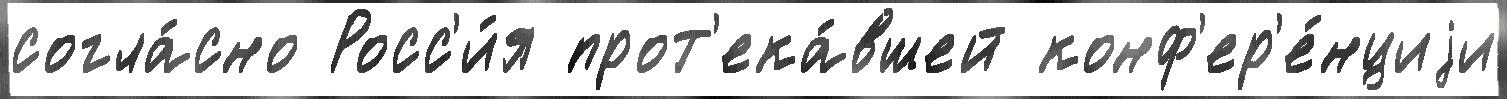
согла́сно Росс'и́я прот'ека́вшей конф'ер'е́нциjи